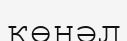
көңәл